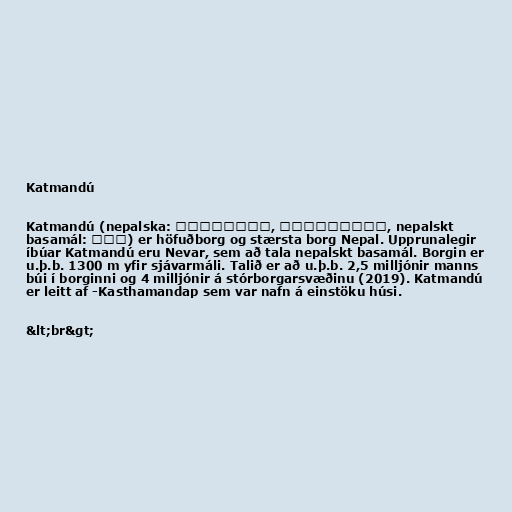
Katmandú

Katmandú (nepalska: काठमाडौं, काठमान्डु, nepalskt
basamál: यें) er höfuðborg og stærsta borg Nepal. Upprunalegir
íbúar Katmandú eru Nevar, sem að tala nepalskt basamál. Borgin er
u.þ.b. 1300 m yfir sjávarmáli. Talið er að u.þ.b. 2,5 milljónir manns
búi í borginni og 4 milljónir á stórborgarsvæðinu (2019). Katmandú
er leitt af -Kasthamandap sem var nafn á einstöku húsi.

&lt;br&gt;